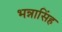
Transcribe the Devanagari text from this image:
भन्नासिंह